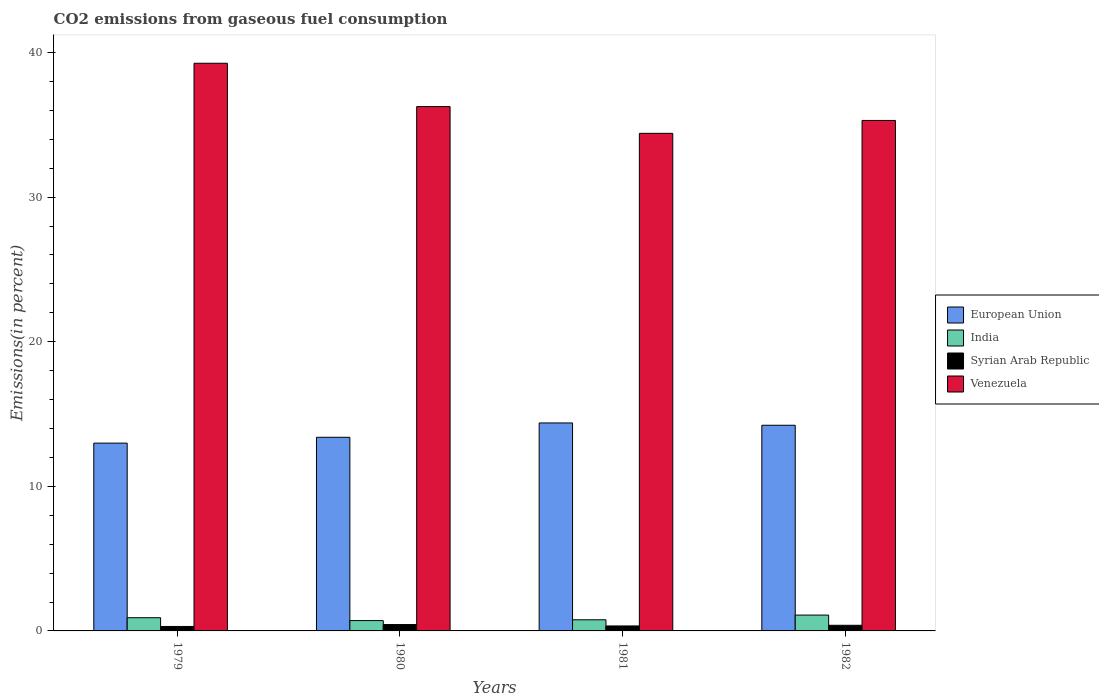
| Years | European Union | India | Syrian Arab Republic | Venezuela |
 | --- | --- | --- | --- | --- |
 | 1979 | 13 | 0.914 | 0.309 | 39.3 |
 | 1980 | 13.4 | 0.714 | 0.441 | 36.3 |
 | 1981 | 14.4 | 0.77 | 0.344 | 34.4 |
 | 1982 | 14.2 | 1.1 | 0.389 | 35.3 |